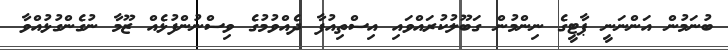
ބުނަމުން އަންނަނީ ޕާޓީގެ ނިންމުން ގަބޫލުކުރައްވައި އިސްތިއުފާ ދެއްވުމުގެ ވިސްނުންފުޅެއް ޒޫމާ ނުގެންގުޅުއްވާ